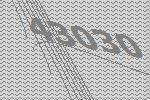
43030